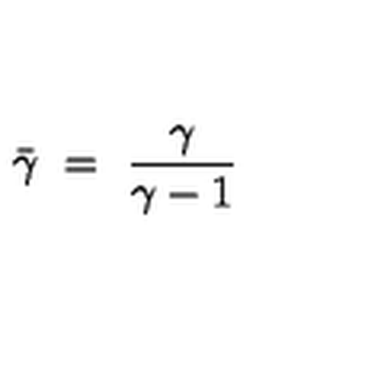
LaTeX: \bar { \gamma } \ = \ { \frac { \gamma } { \gamma - 1 } }